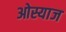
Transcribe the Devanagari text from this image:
ओस्याज